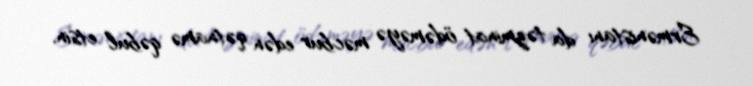
Ermənistanı da təzminat ödəməyə məcbur edən qətnamə qəbul etsin.